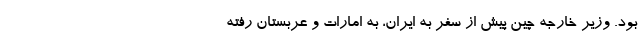
بود. وزیر خارجه چین پیش از سفر به ایران، به امارات و عربستان رفته